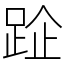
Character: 𨀣